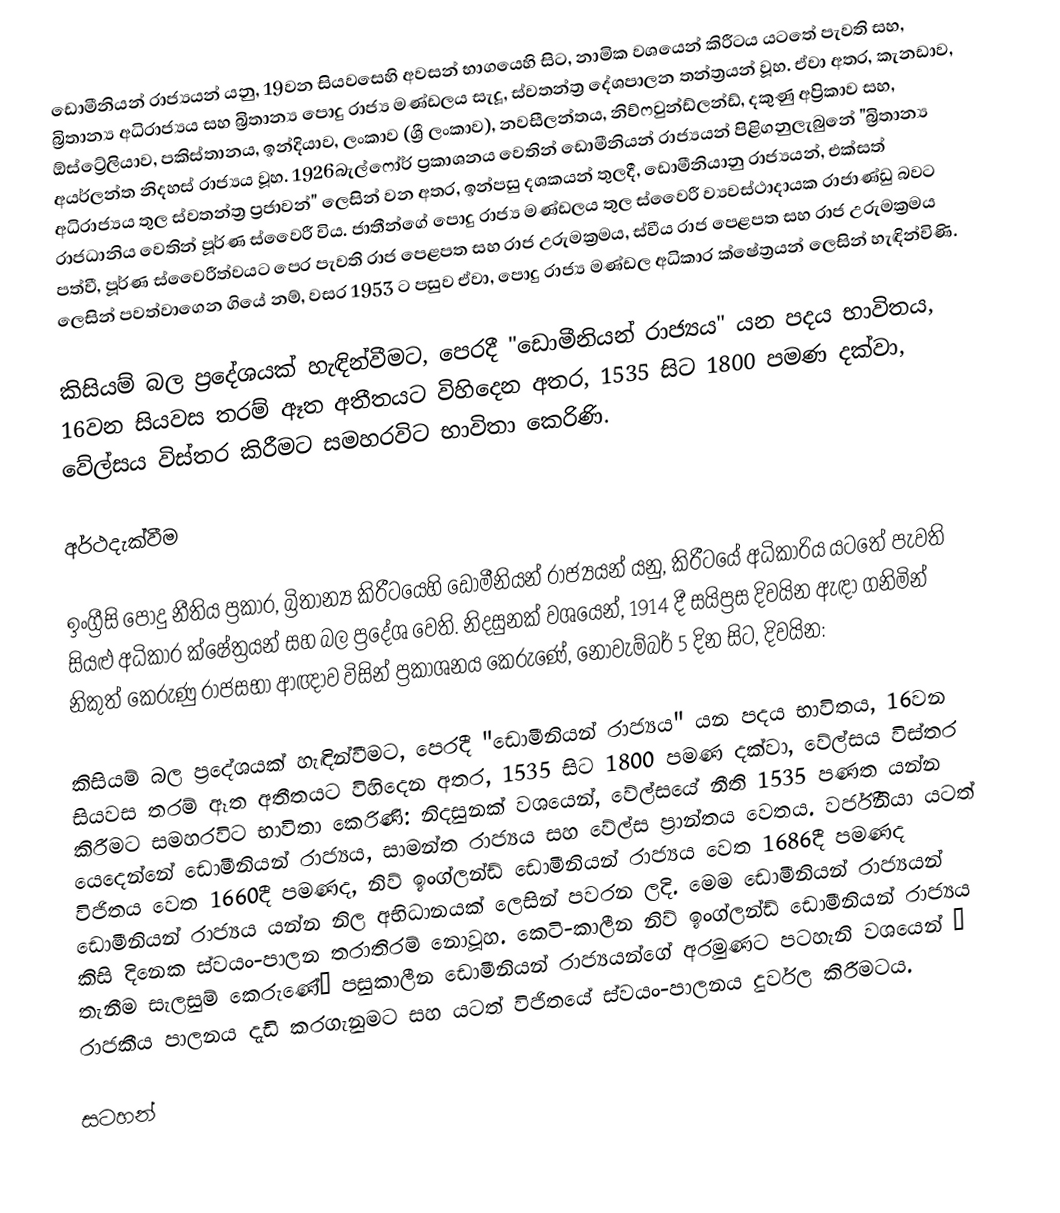
ඩොමීනියන් රාජ්‍යයන් යනු,  19වන සියවසෙහි අවසන් භාගයෙහි සිට, නාමික වශයෙන්  කිරීටය යටතේ පැවති සහ, බ්‍රිතාන්‍ය අධිරාජ්‍යය සහ බ්‍රිතාන්‍ය පොදු රාජ්‍ය මණ්ඩලය සැදූ, ස්වතන්ත්‍ර   දේශපාලන තන්ත්‍රයන් වූහ. ඒවා අතර, කැනඩාව, ඕස්ට්‍රේලියාව, පකිස්තානය, ඉන්දියාව, ලංකාව (ශ්‍රී ලංකාව), නවසීලන්තය,  නිව්ෆවුන්ඩ්ලන්ඩ්, දකුණු අප්‍රිකාව සහ, අයර්ලන්ත නිදහස් රාජ්‍යය වූහ. 1926බැල්ෆෝර් ප්‍රකාශනය වෙතින් ඩොමීනියන් රාජ්‍යයන් පිළිගනුලැබුනේ "බ්‍රිතාන්‍ය අධිරාජ්‍යය තුල ස්වතන්ත්‍ර ප්‍රජාවන්" ලෙසින් වන අතර, ඉන්පසු දශකයන් තුලදී, ඩොමීනියානු රාජ්‍යයන්, එක්සත් රාජධානිය වෙතින්  පූර්ණ ස්වෛරී විය. ජාතීන්ගේ පොදු රාජ්‍ය මණ්ඩලය තුල ස්වෛරී ව්‍යවස්ථාදායක රාජාණ්ඩු  බවට පත්වී, පූර්ණ ස්වෛරීත්වයට පෙර පැවති රාජ  පෙළපත සහ රාජ උරුමක්‍රමය, ස්වීය  රාජ  පෙළපත සහ රාජ උරුමක්‍රමය ලෙසින් පවත්වාගෙන ගියේ නම්, වසර 1953 ට පසුව ඒවා,   පොදු රාජ්‍ය මණ්ඩල අධිකාර ක්ෂේත්‍රයන් ලෙසින් හැඳින්විණි.

කිසියම් බල ප්‍රදේශයක් හැඳින්වීමට, පෙරදී "ඩොමීනියන් රාජ්‍යය" යන පදය භාවිතය,  16වන සියවස තරම් ඈත අතීතයට විහිදෙන අතර,  1535 සිට 1800 පමණ දක්වා, වේල්සය විස්තර කිරීමට සමහරවිට භාවිතා කෙරිණි.

අර්ථදැක්වීම

ඉංග්‍රීසි පොදු නීතිය ප්‍රකාර, බ්‍රිතාන්‍ය කිරීටයෙහි ඩොමීනියන් රාජ්‍යයන් යනු, කිරීටයේ අධිකාරිය යටතේ පැවති සියළු අධිකාර ක්ෂේත්‍රයන් සහ බල ප්‍රදේශ වෙති. නිදසුනක් වශයෙන්, 1914 දී සයිප්‍රස  දිවයින ඇඳා ගනිමින් නිකුත් කෙරුණු රාජසභා ආඥාව විසින් ප්‍රකාශනය කෙරුණේ, නොවැම්බර් 5 දින සිට, දිවයින:

කිසියම් බල ප්‍රදේශයක් හැඳින්වීමට, පෙරදී "ඩොමීනියන් රාජ්‍යය" යන පදය භාවිතය,  16වන සියවස තරම් ඈත අතීතයට විහිදෙන අතර,  1535 සිට 1800 පමණ දක්වා, වේල්සය විස්තර කිරීමට සමහරවිට භාවිතා කෙරිණි: නිදසුනක් වශයෙන්, වේල්සයේ නීති 1535 පණත යන්න යෙදෙන්නේ ඩොමීනියන් රාජ්‍යය, සාමන්ත රාජ්‍යය සහ වේල්ස ප්‍රාන්තය වෙතය. වර්ජීනියා යටත් විජිතය වෙත 1660දී පමණද, නිව් ඉංග්ලන්ඩ් ඩොමීනියන් රාජ්‍යය වෙත 1686දී පමණද ඩොමීනියන් රාජ්‍යය යන්න නිල අභිධානයක් ලෙසින් පවරන ලදි. මෙම ඩොමීනියන් රාජ්‍යයන් කිසි දිනෙක ස්වයං-පාලන තරාතිරම් නොවූහ. කෙටි-කාලීන නිව් ඉංග්ලන්ඩ් ඩොමීනියන් රාජ්‍යය තැනීම සැලසුම් කෙරුණේ– පසුකාලීන ඩොමීනියන් රාජ්‍යයන්ගේ අරමුණට පටහැනි වශයෙන් – රාජකීය පාලනය දැඩි කරගැනුමට සහ යටත් විජිතයේ ස්වයං-පාලනය දුර්වල කිරීමටය.

සටහන්